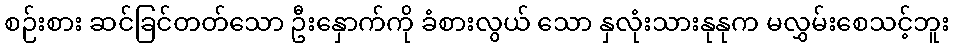
စဉ်းစား ဆင်ခြင်တတ်သော ဦးနှောက်ကို ခံစားလွယ် သော နှလုံးသားနုနုက မလွှမ်းစေသင့်ဘူး